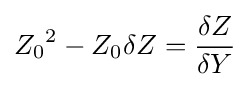
{Z_{0}}^{2}-Z_{0}\delta Z={\frac {\delta Z}{\delta Y}}